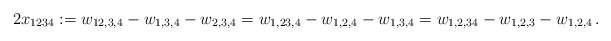
\begin{align*} 2x_{1234}:=w_{12,3,4}-w_{1,3,4}-w_{2,3,4}=w_{1,23,4}-w_{1,2,4}-w_{1,3,4}=w_{1,2,34}-w_{1,2,3}-w_{1,2,4}\,.\end{align*}